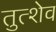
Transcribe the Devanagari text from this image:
तुत्शेव